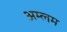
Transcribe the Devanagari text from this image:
अम्लम